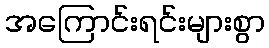
အကြောင်းရင်းများစွာ